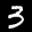
Label: 3